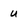
Character: u